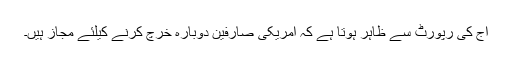
آج کی رپورٹ سے ظاہر ہوتا ہے کہ امریکی صارفین دوبارہ خرچ کرنے کیلئے مجاز ہیں۔